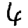
Digit: 6